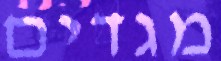
מגדים